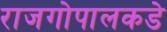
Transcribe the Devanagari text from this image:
राजगोपालकडे